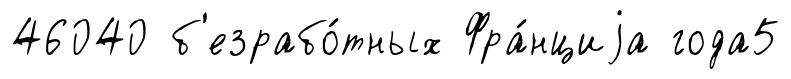
46040 б'езрабо́тных Фра́нциjа года5